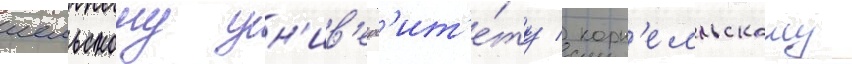
иельскому ун'ив'ерс'ит'е́ту / корн'елльскому